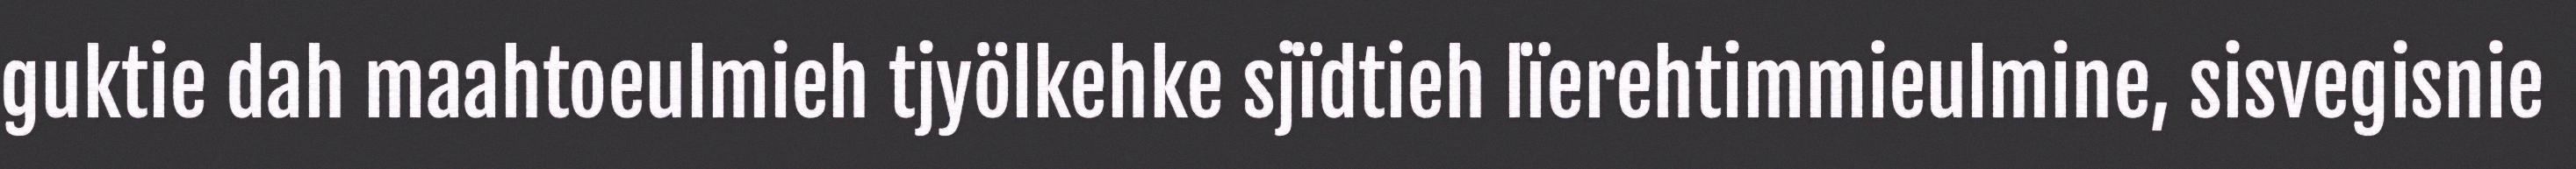
guktie dah maahtoeulmieh tjyölkehke sjïdtieh lïerehtimmieulmine, sisvegisnie